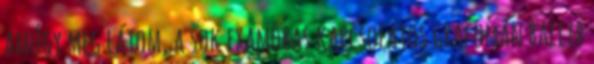
amúgy meg látom, a sok examőbás kapcsolatos grafomán ballib